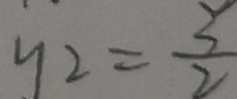
y _ { 2 } = \frac { 3 } { 2 }